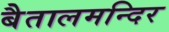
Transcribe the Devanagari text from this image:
बैतालमन्दिर